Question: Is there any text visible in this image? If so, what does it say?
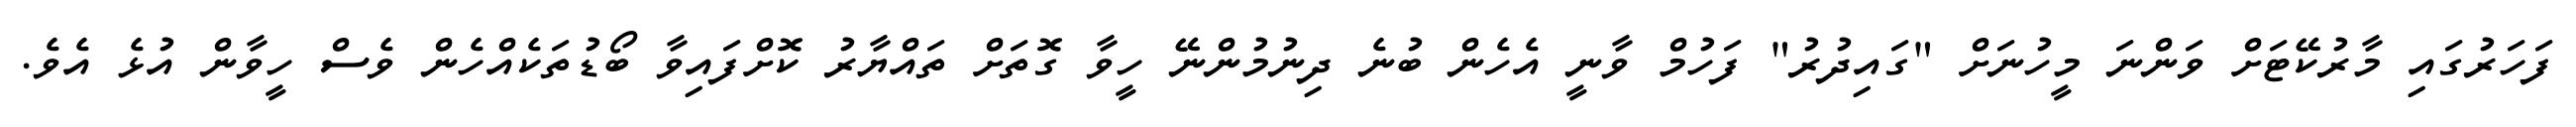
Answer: ފަހަރުގައި މާރުކޭޓަށް ވަންނަ މީހުނަށް "ގައިދުރު" ފަހުމް ވާނީ އެހެން ބުނެ ދިނުމުންނޭ ހީވާ ގޮތަށް ތައްޔާރު ކޮށްފައިވާ ބޯޑުތަކެއްހެން ވެސް ހީވާން އުޅެ އެވެ.